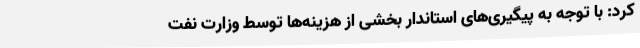
کرد: با توجه به پیگیری‌های استاندار بخشی از هزینه‌ها توسط وزارت نفت